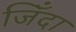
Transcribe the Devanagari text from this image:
जिँदा